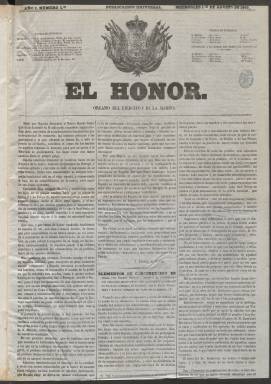
Título: El Honor (Madrid)
Colección: Fuerzas armadas
Ámbito geográfico: Madrid
Lugar de publicación: Madrid
Fechas: 01/08/1860-29/06/1862